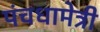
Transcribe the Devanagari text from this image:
पंचधामेत्री